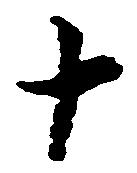
十